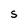
Character: S